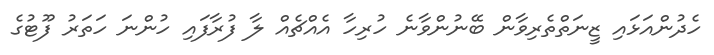
ހެދުންއަޅައި ޒީނަތްތެރިވާން ބޭނުންވާނެ ހުރިހާ އެއްޗެއް ލާ ފުރާފައި ހުންނަ ހަތަރު ފޫޓުގެ